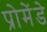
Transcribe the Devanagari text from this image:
प्रोमेंडे